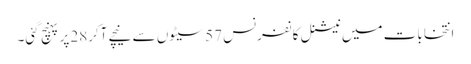
انتخابات میں نیشنل کانفرنس 57سیٹوں سے نیچے آکر28پر پہنچ گئی۔